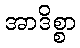
အာဒိစ္စာ